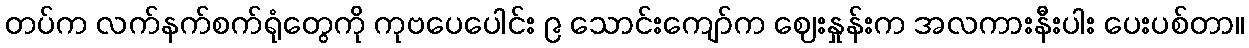
တပ်က လက်နက်စက်ရုံတွေကို ကုဗပေပေါင်း ၉ သောင်းကျော်က ဈေးနှုန်းက အလကားနီးပါး ပေးပစ်တာ။